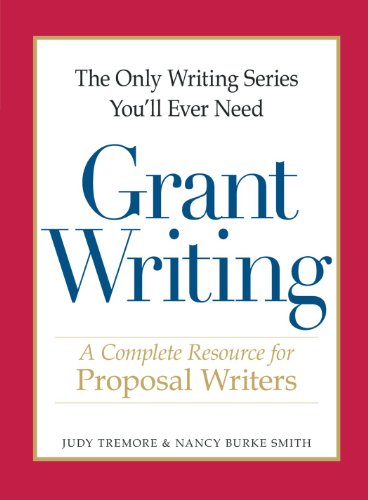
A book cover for The Only Writing Series You'll Ever Need - Grant Writing: A Complete Resource for Proposal Writers; Judy Tremore; Education & Teaching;